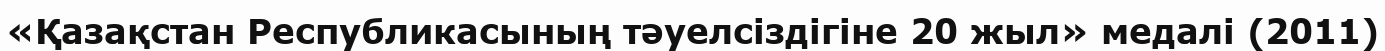
«Қазақстан Республикасының тәуелсіздігіне 20 жыл» медалі (2011)